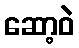
ဆော့ဝဲ